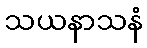
သယနာသနံ